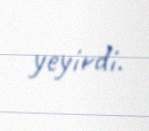
yeyirdi.